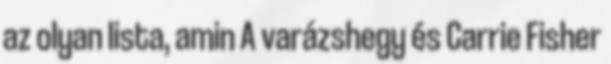
az olyan lista, amin A varázshegy és Carrie Fisher